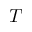
T